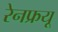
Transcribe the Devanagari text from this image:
रेनफ्रयू